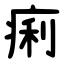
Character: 痢